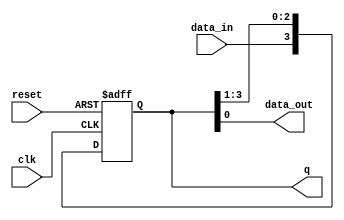
module siso (clk,reset,data_in,data_out,q);

input clk, reset, data_in;
output data_out;
output reg[3:0]q;

always @(posedge clk or negedge reset) begin
    
    if (!reset) begin
        q <= 4'b0;
    end

    else
        q <= {data_in, q[3:1]};

end

assign data_out = q[0];
    
endmodule